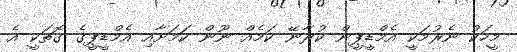
މީހަކު ނެރުމަކީ އެމްޑީޕީން ކުރާނޭ ކަމެއް ނޫން ކަމަށާއި އެމްޑީޕީގެ ގޮތަކީ އެ